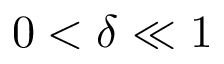
0 < \delta \ll 1